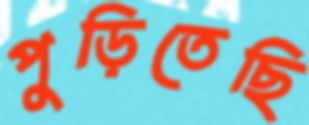
পুড়িতেছি